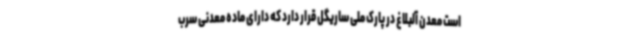
است معدن آلبلاغ در پارک ملی ساریگل قرار دارد که دارای ماده معدنی سرب